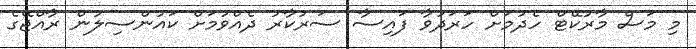
މި މަސް މާރުކޭޓް ހެދުމަށް ހަރަދުވާ ފައިސާ ސަރުކާރު ދެއްވުމަށް ކައުންސިލުން ރާއްޖޭގެ